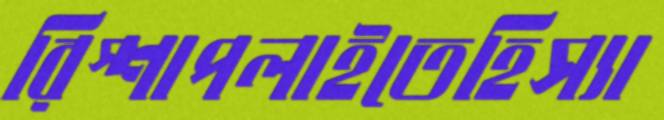
রিস্শাপলাইতেহিস্যা